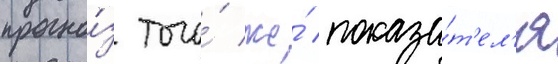
прогно́з того́ же́ показа́т'ел'я